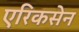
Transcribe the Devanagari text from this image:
एरिकसेन